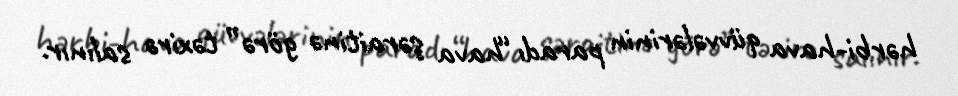
hərbi-hava qüvvələrinin paradı “hava şəraitinə görə” təxirə salınır.